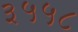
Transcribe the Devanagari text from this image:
३५५८